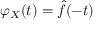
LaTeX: \varphi _ { X } ( t ) = { \hat { f } } ( - t )